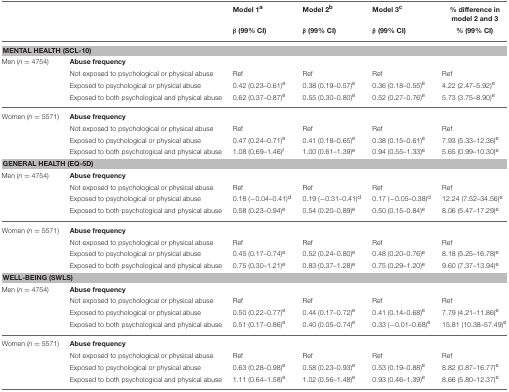
<table><thead><tr><td></td><td></td><td><b>Model 1<sup>a</sup></b></td><td><b>Model 2<sup>b</sup></b></td><td><b>Model 3<sup>c</sup></b></td><td><b>% difference in model 2 and 3</b></td></tr><tr><td></td><td></td><td><b>β (99% CI)</b></td><td><b>β (99% CI)</b></td><td><b>β (99% CI)</b></td><td><b>% (99% CI)</b></td></tr></thead><tbody><tr><td colspan="6"><b>MENTAL HEALTH (SCL-10)</b></td></tr><tr><td>Men (<i>n</i> = 4754)</td><td colspan="5"><b>Abuse frequency</b></td></tr><tr><td></td><td>Not exposed to psychological or physical abuse</td><td>Ref</td><td>Ref</td><td>Ref</td><td>Ref</td></tr><tr><td></td><td>Exposed to psychological or physical abuse</td><td>0.42 (0.23–0.61)<sup>e</sup></td><td>0.38 (0.19–0.57)<sup>e</sup></td><td>0.36 (0.18–0.55)<sup>e</sup></td><td>4.22 (2.47–5.92)<sup>e</sup></td></tr><tr><td></td><td>Exposed to both psychological and physical abuse</td><td>0.62 (0.37–0.87)<sup>e</sup></td><td>0.55 (0.30–0.80)<sup>e</sup></td><td>0.52 (0.27–0.76)<sup>e</sup></td><td>5.73 (3.75–8.90)<sup>e</sup></td></tr><tr><td>Women (<i>n</i> = 5571)</td><td colspan="5"><b>Abuse frequency</b></td></tr><tr><td></td><td>Not exposed to psychological or physical abuse</td><td>Ref</td><td>Ref</td><td>Ref</td><td>Ref</td></tr><tr><td></td><td>Exposed to psychological or physical abuse</td><td>0.47 (0.24–0.71)<sup>e</sup></td><td>0.41 (0.18–0.65)<sup>e</sup></td><td>0.38 (0.15–0.61)<sup>e</sup></td><td>7.93 (5.33–12.36)<sup>e</sup></td></tr><tr><td></td><td>Exposed to both psychological and physical abuse</td><td>1.08 (0.69–1.46)<sup>f</sup></td><td>1.00 (0.61–1.39)<sup>e</sup></td><td>0.94 (0.55–1.33)<sup>e</sup></td><td>5.65 (0.99–10.30)<sup>e</sup></td></tr><tr><td colspan="6"><b>GENERAL HEALTH (EQ-5D)</b></td></tr><tr><td>Men (<i>n</i> = 4754)</td><td colspan="5"><b>Abuse frequency</b></td></tr><tr><td></td><td>Not exposed to psychological or physical abuse</td><td>Ref</td><td>Ref</td><td>Ref</td><td>Ref</td></tr><tr><td></td><td>Exposed to psychological or physical abuse</td><td>0.18 (−0.04–0.41)<sup>d</sup></td><td>0.19 (−0.31–0.41)<sup>d</sup></td><td>0.17 (−0.05–0.38)<sup>d</sup></td><td>12.24 (7.52–34.56)<sup>e</sup></td></tr><tr><td></td><td>Exposed to both psychological and physical abuse</td><td>0.58 (0.23–0.94)<sup>e</sup></td><td>0.54 (0.20–0.89)<sup>e</sup></td><td>0.50 (0.15–0.84)<sup>e</sup></td><td>8.06 (5.47–17.29)<sup>e</sup></td></tr><tr><td>Women (<i>n</i> = 5571)</td><td colspan="5"><b>Abuse frequency</b></td></tr><tr><td></td><td>Not exposed to psychological or physical abuse</td><td>Ref</td><td>Ref</td><td>Ref</td><td>Ref</td></tr><tr><td></td><td>Exposed to psychological or physical abuse</td><td>0.45 (0.17–0.74)<sup>e</sup></td><td>0.52 (0.24–0.80)<sup>e</sup></td><td>0.48 (0.20–0.76)<sup>e</sup></td><td>8.18 (5.25–16.78)<sup>e</sup></td></tr><tr><td></td><td>Exposed to both psychological and physical abuse</td><td>0.75 (0.30–1.21)<sup>e</sup></td><td>0.83 (0.37–1.28)<sup>e</sup></td><td>0.75 (0.29–1.20)<sup>e</sup></td><td>9.60 (7.37–13.94)<sup>e</sup></td></tr><tr><td colspan="6"><b>WELL-BEING (SWLS)</b></td></tr><tr><td>Men (<i>n</i> = 4754)</td><td colspan="5"><b>Abuse frequency</b></td></tr><tr><td></td><td>Not exposed to psychological or physical abuse</td><td>Ref</td><td>Ref</td><td>Ref</td><td>Ref</td></tr><tr><td></td><td>Exposed to psychological or physical abuse</td><td>0.50 (0.22–0.77)<sup>e</sup></td><td>0.44 (0.17–0.72)<sup>e</sup></td><td>0.41 (0.14–0.68)<sup>e</sup></td><td>7.79 (4.21–11.86)<sup>e</sup></td></tr><tr><td></td><td>Exposed to both psychological and physical abuse</td><td>0.51 (0.17–0.86)<sup>e</sup></td><td>0.40 (0.05–0.74)<sup>e</sup></td><td>0.33 (−0.01–0.68)<sup>e</sup></td><td>15.81 (10.38–57.49)<sup>e</sup></td></tr><tr><td>Women (<i>n</i> = 5571)</td><td colspan="5"><b>Abuse frequency</b></td></tr><tr><td></td><td>Not exposed to psychological or physical abuse</td><td>Ref</td><td>Ref</td><td>Ref</td><td>Ref</td></tr><tr><td></td><td>Exposed to psychological or physical abuse</td><td>0.63 (0.28–0.98)<sup>e</sup></td><td>0.58 (0.23–0.93)<sup>e</sup></td><td>0.53 (0.19–0.88)<sup>e</sup></td><td>8.82 (0.87–16.77)<sup>e</sup></td></tr><tr><td></td><td>Exposed to both psychological and physical abuse</td><td>1.11 (0.64–1.58)<sup>e</sup></td><td>1.02 (0.56–1.48)<sup>e</sup></td><td>0.93 (0.46–1.39)<sup>e</sup></td><td>8.66 (5.80–12.37)<sup>e</sup></td></tr></tbody></table>